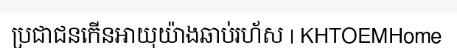
ប្រជាជនកើនអាយុយ៉ាងឆាប់រហ័ស | KHTOEMHome